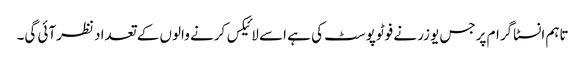
تاہم انسٹاگرام پرجس یوزر نے فوٹوپوسٹ کی ہے اسے لائیکس کرنے والوں کے تعداد نظرآئی گی۔